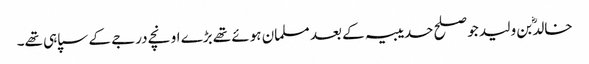
خالدؓ بن ولید جو صلح حدیبیہ کے بعد مسلمان ہوئے تھے بڑے اونچے درجے کے سپاہی تھے۔